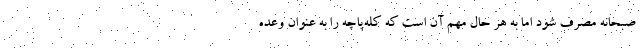
صبحانه مصرف شود اما به هر حال مهم آن است که کله‌پاچه را به عنوان وعده